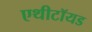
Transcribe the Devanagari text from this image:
एथीटॉयड